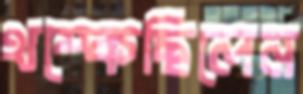
থম্‌কেছিলেন